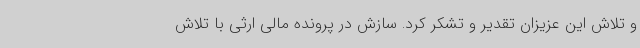
و تلاش این عزیزان تقدیر و تشکر کرد. سازش در پرونده مالی ارثی با تلاش